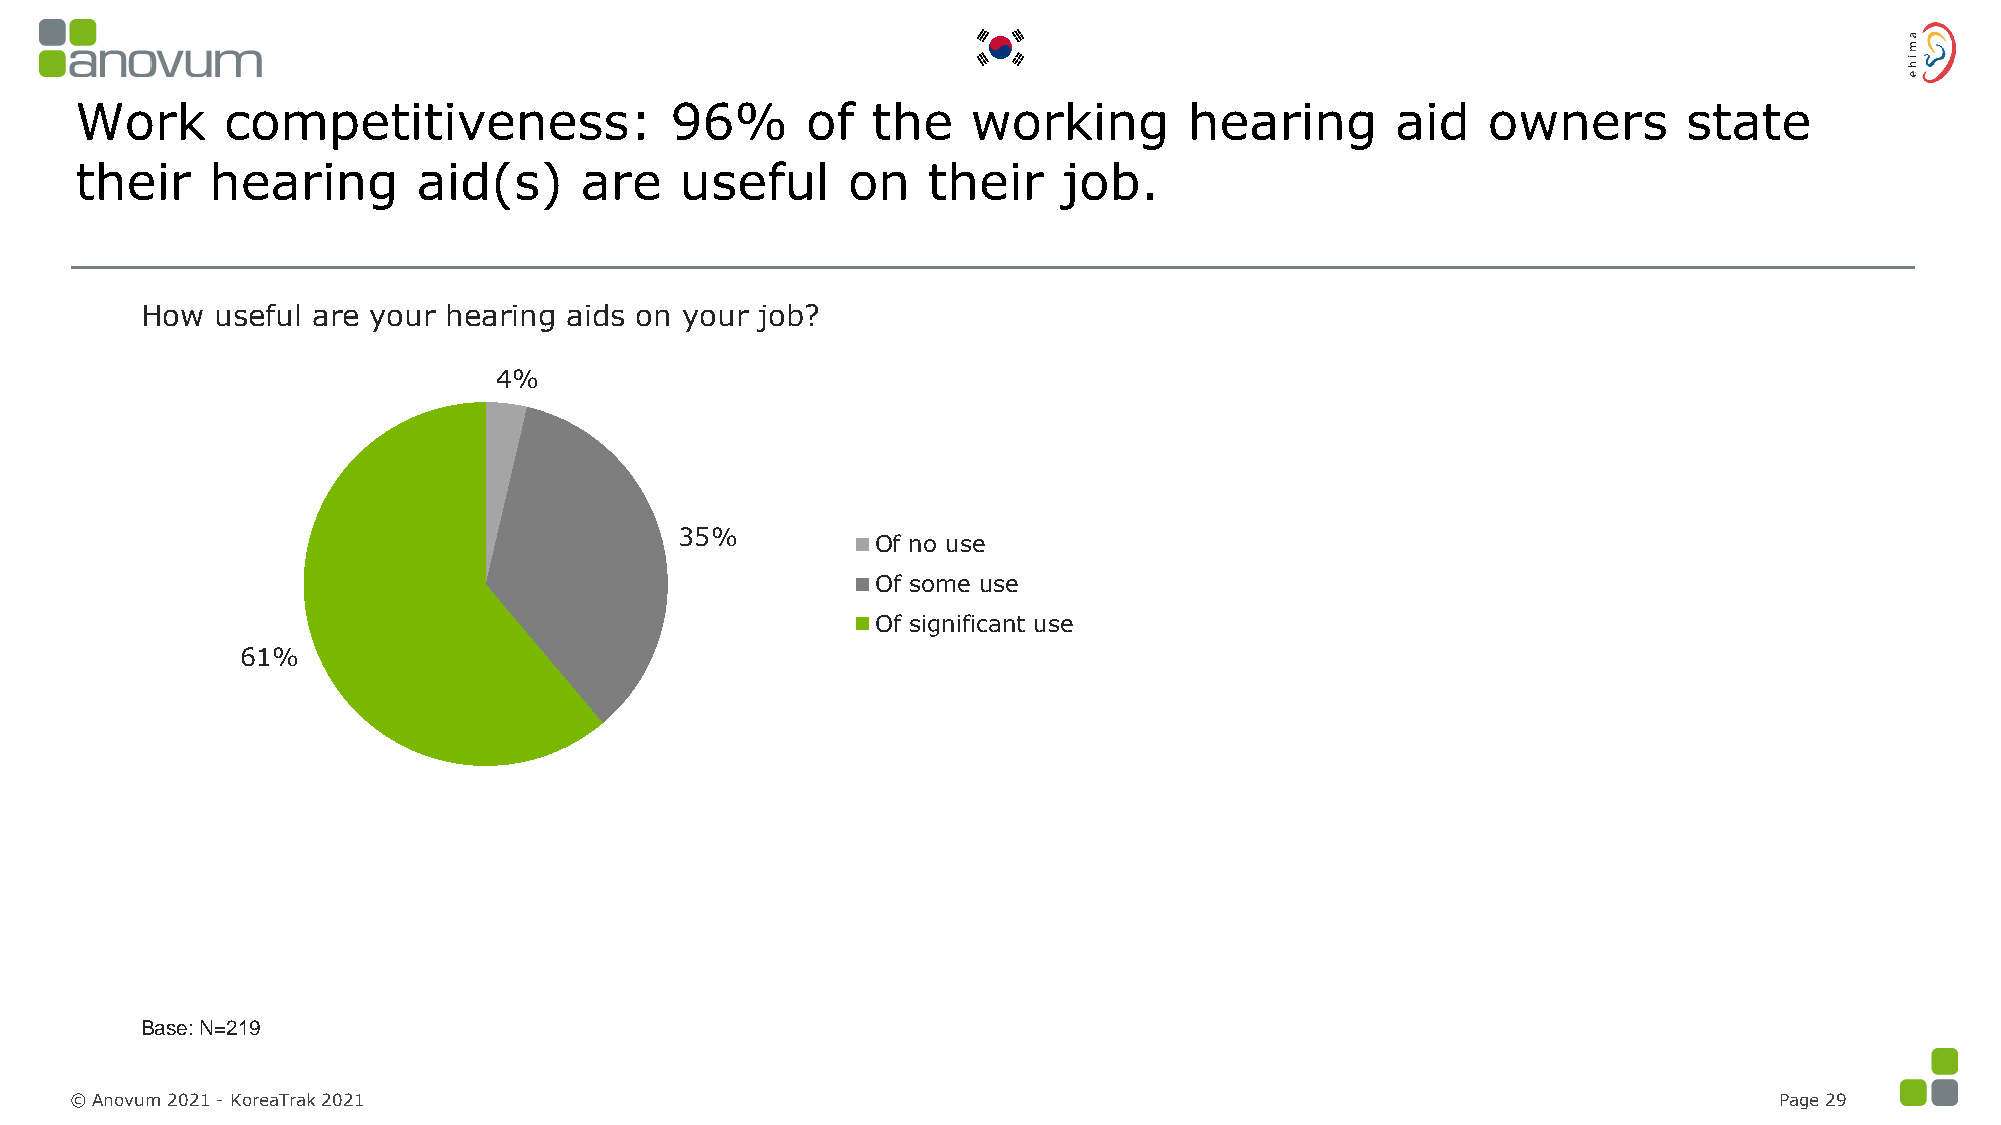
Work      competitiveness:             96%      of   the   working        hearing      aid   owners        state
 their    hearing       aid(s)    are    useful     on   their    job.
 How  useful are your hearing aids on your job?
 4%
 35%
 Of no use
 Of some use
 Of significant use
 61%
 Base: N=219
 © Anovum 2021 -KoreaTrak 2021                                                                                    Page 29